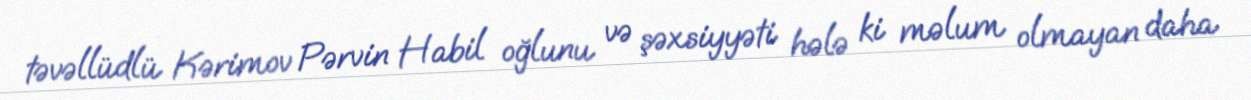
təvəllüdlü Kərimov Pərvin Habil oğlunu və şəxsiyyəti hələ ki məlum olmayan daha